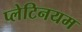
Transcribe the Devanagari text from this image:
प्लेटिनयम